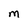
Character: M